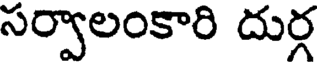
సర్వాలంకారి దుర్గ